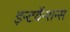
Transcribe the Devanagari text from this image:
इन्टर्वेन्शन्स